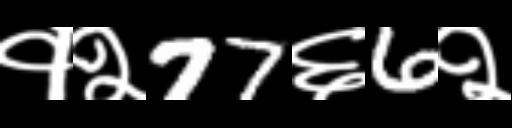
Text: १२77६6२